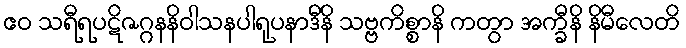
ဧဝ သရီရပဋိဇဂ္ဂနနိဝါသနပါရုပနာဒီနိ သဗ္ဗကိစ္စာနိ ကတွာ အက္ခီနိ နိမီလေတိ